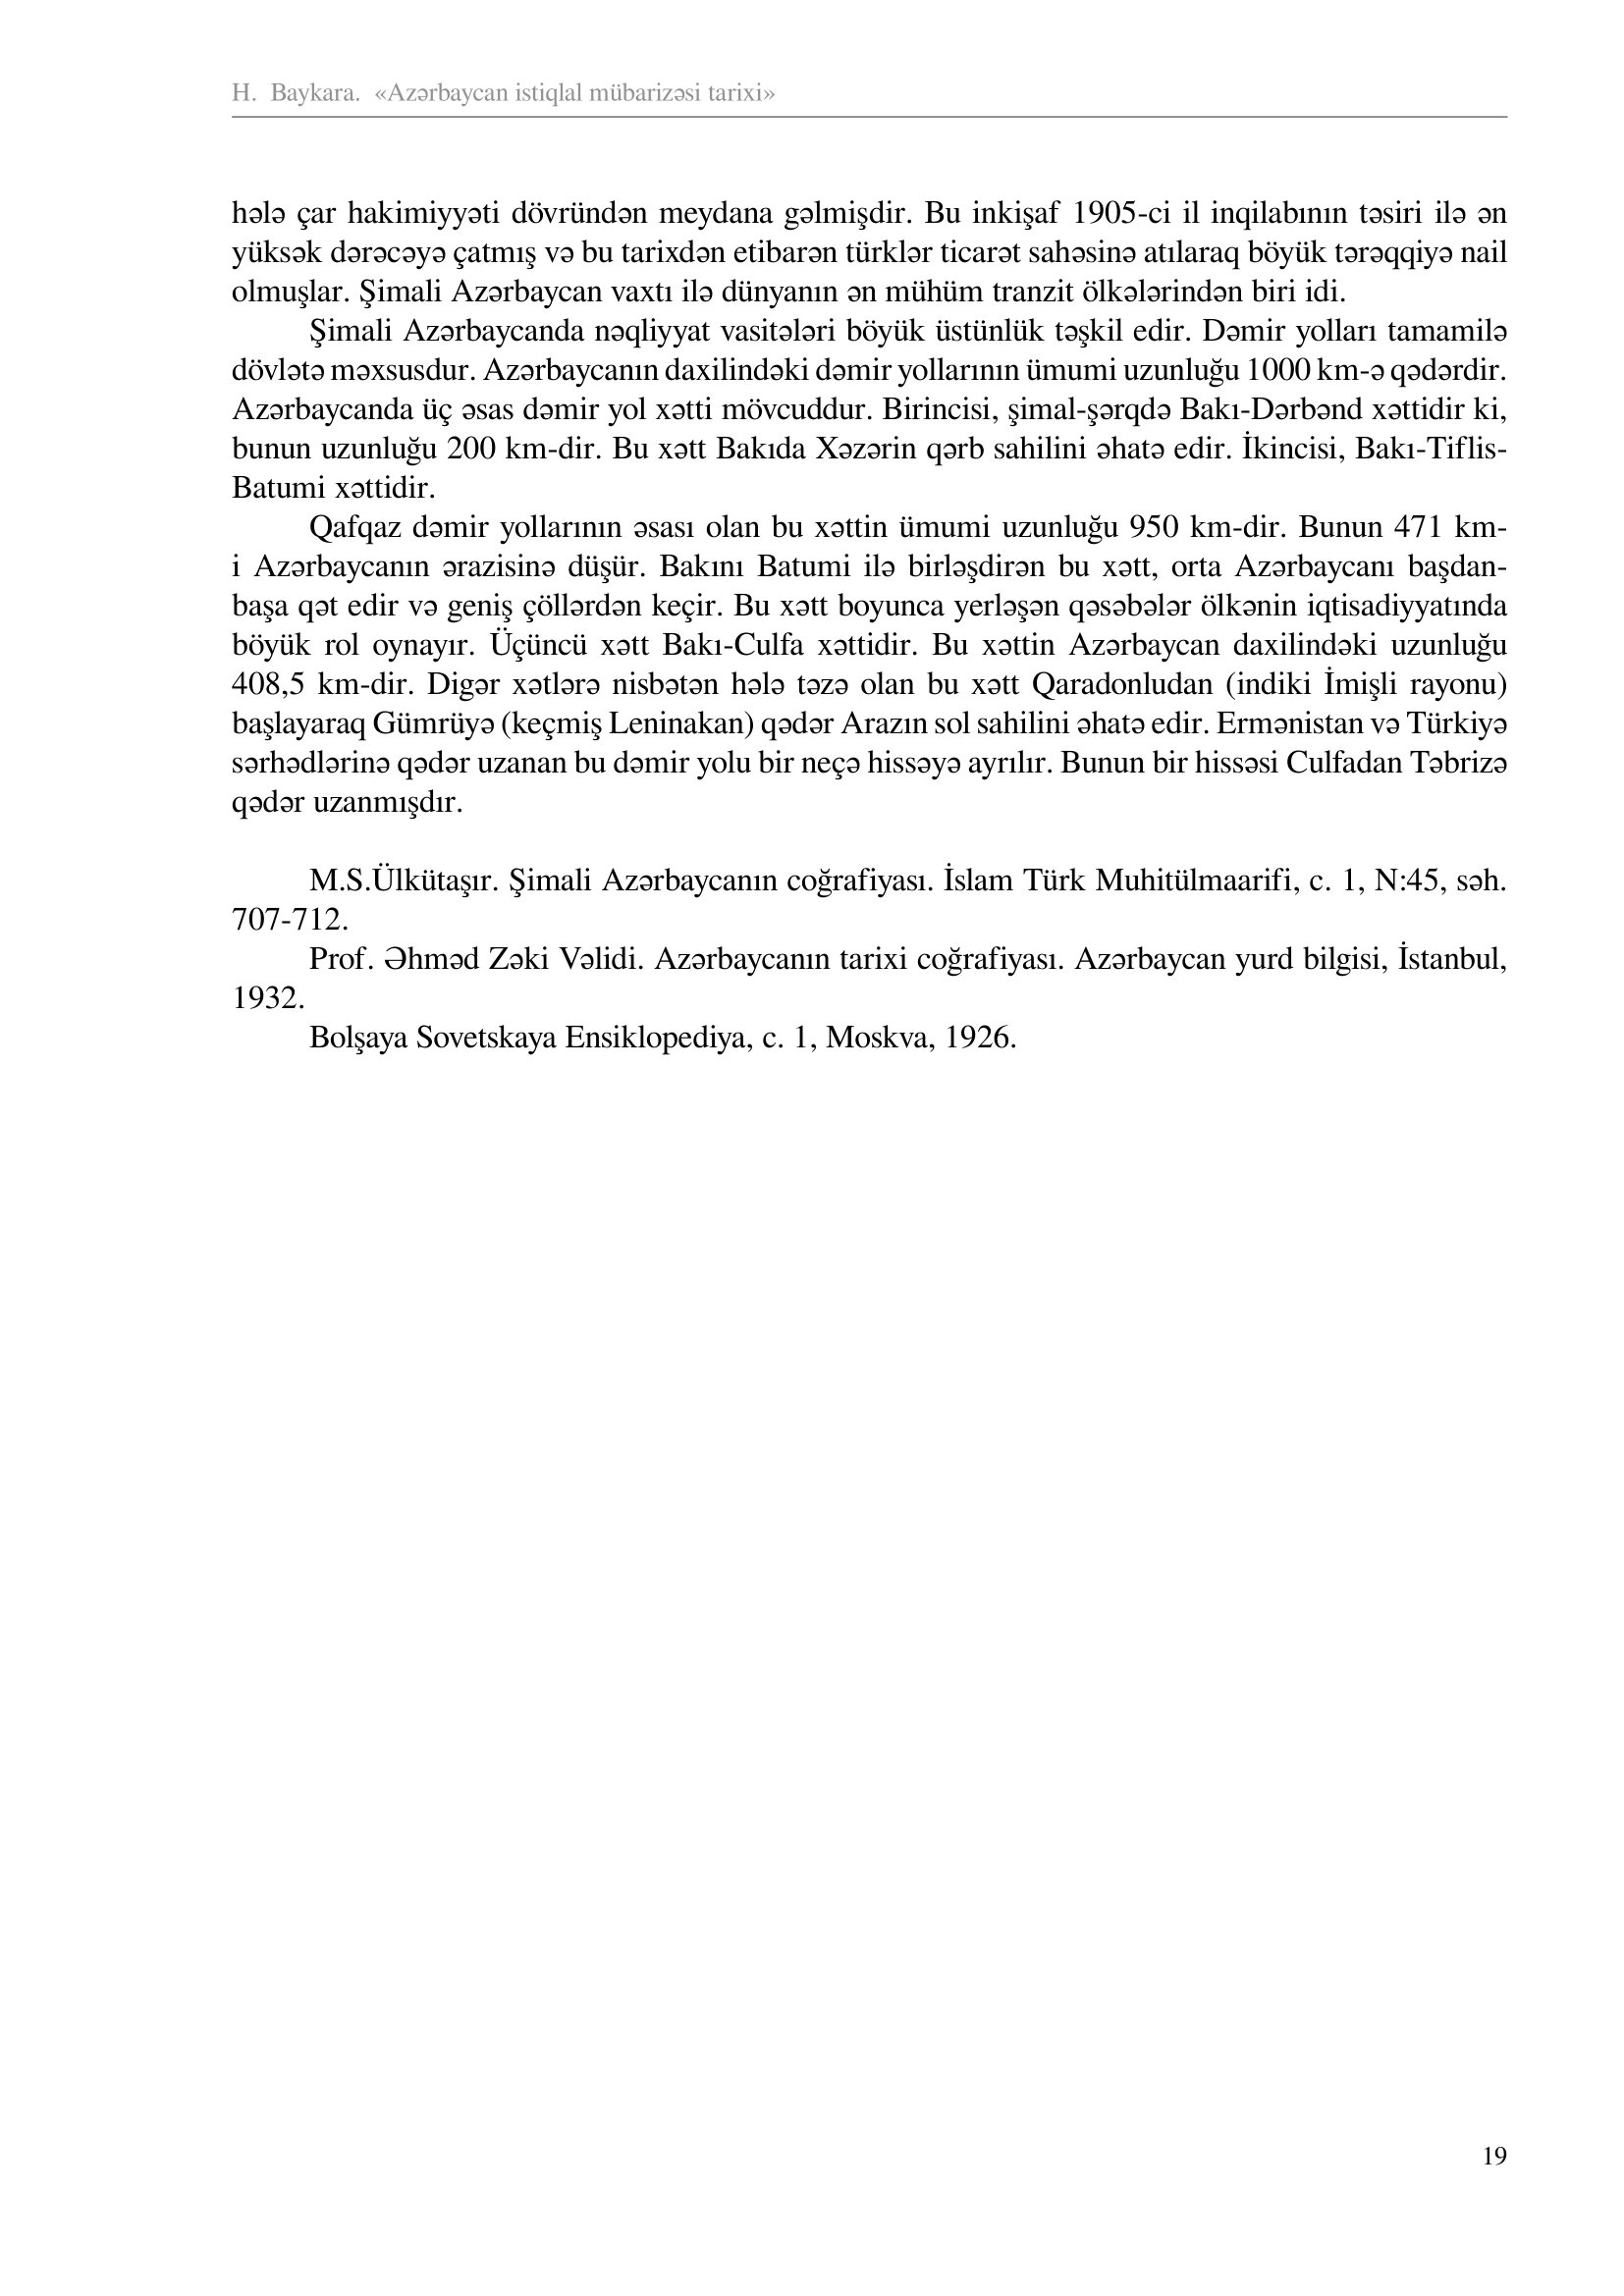
Language: az